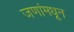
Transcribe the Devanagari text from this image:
जणांमधून